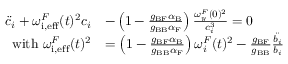
\begin{array} { r l } { \ddot { c } _ { i } + { { \omega _ { \mathrm { i , e f f } } ^ { F } } } ( t ) ^ { 2 } c _ { i } } & { - \left( 1 - \frac { g _ { \mathrm { B F } } \alpha _ { \mathrm { B } } } { g _ { \mathrm { B B } } \alpha _ { \mathrm { F } } } \right) \frac { { \omega _ { y } ^ { F } } ( 0 ) ^ { 2 } } { c _ { i } ^ { 3 } } = 0 } \\ { { \mathrm { w i t h ~ } { \omega _ { \mathrm { i , e f f } } ^ { F } } } ( t ) ^ { 2 } } & { = \left( 1 - \frac { g _ { \mathrm { B F } } \alpha _ { \mathrm { B } } } { g _ { \mathrm { B B } } \alpha _ { \mathrm { F } } } \right) { \omega _ { i } ^ { F } } ( t ) ^ { 2 } - \frac { g _ { \mathrm { B F } } } { g _ { \mathrm { B B } } } \frac { \ddot { b _ { i } } } { b _ { i } } } \end{array}